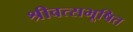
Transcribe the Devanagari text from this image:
श्रीवत्सभूषित